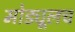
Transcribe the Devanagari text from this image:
मोड्यूलच